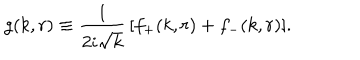
g ( k , r ) \equiv { \frac { 1 } { 2 i \sqrt { k } } } \, [ f _ { + } ( k , r ) + f _ { - } ( k , r ) ] .